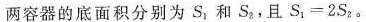
两容器的底面积分别为S_{ 1 }和S ^ { 2 }，且$$S _ { 1 } = 2 S _ { 2 }$$。